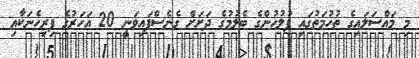
މި މައްސަލައިގެ ތުހުމަތުގައި ފުލުހުންގެ ބެލުމުގެ ދަށަށް ގެނެސްފައިވަނީ 20 އަހަރުގެ ފިރިހެނަކާއި